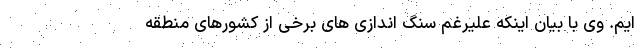
ایم. وی با بیان اینکه علیرغم سنگ اندازی های برخی از کشورهای منطقه